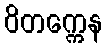
ဝိတက္ကေန